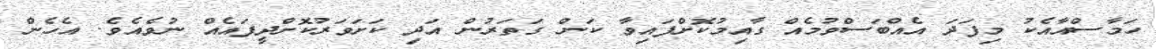
ހަމާސްއާއެކު މިފަދަ އެއްބަސްވުމެއް ގާއިމުކޮށްފައިވާ ކަން ގަތަރުން އަދި ކަށަވަރުކޮށްދީފައެއް ނުވެއެވެ. އެހެން